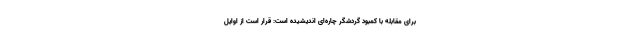
برای مقابله با کمبود گردشگر چاره‌ای اندیشیده است: قرار است از اوایل